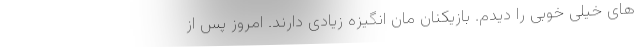
های خیلی خوبی را دیدم. بازیکنان مان انگیزه زیادی دارند. امروز پس از